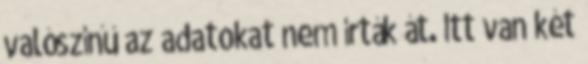
valószínű az adatokat nem írták át. Itt van két